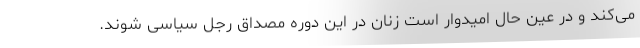
می‌کند و در عین حال امیدوار است زنان در این دوره مصداق رجل سیاسی شوند.